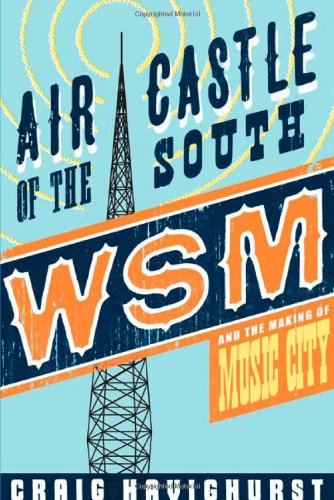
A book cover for Air Castle of the South: WSM and the Making of Music City (Music in American Life); Craig Havighurst; Humor & Entertainment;